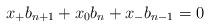
LaTeX: \begin{align*}x_+ b_{n+1} + x_0 b_n + x_- b_{n-1} = 0\end{align*}